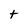
Character: t